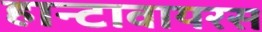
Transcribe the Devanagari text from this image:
हान्टावायरस